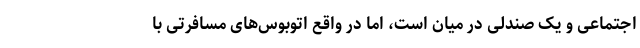
اجتماعی و یک صندلی در میان است، اما در واقع اتوبوس‌های مسافرتی با